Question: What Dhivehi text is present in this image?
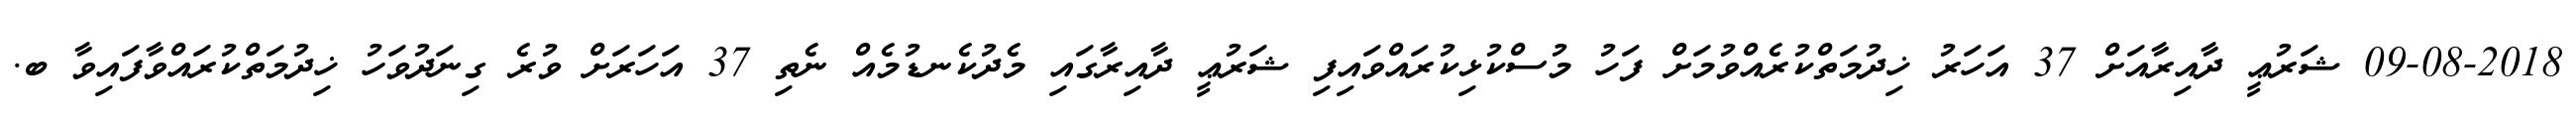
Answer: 09-08-2018 ޝަރުޢީ ދާއިރާއަށް 37 އަހަރު ޚިދުމަތްކުރެއްވުމަށް ފަހު މުސްކުޅިކުރައްވައިފި ޝަރުޢީ ދާއިރާގައި މެދުކެނޑުމެއް ނެތި 37 އަހަރަށް ވުރެ ގިނަދުވަހު ޚިދުމަތްކުރައްވާފައިވާ ބ.